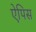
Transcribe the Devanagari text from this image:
ऐपिस